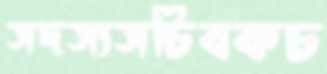
সদস্যসচিবকচ